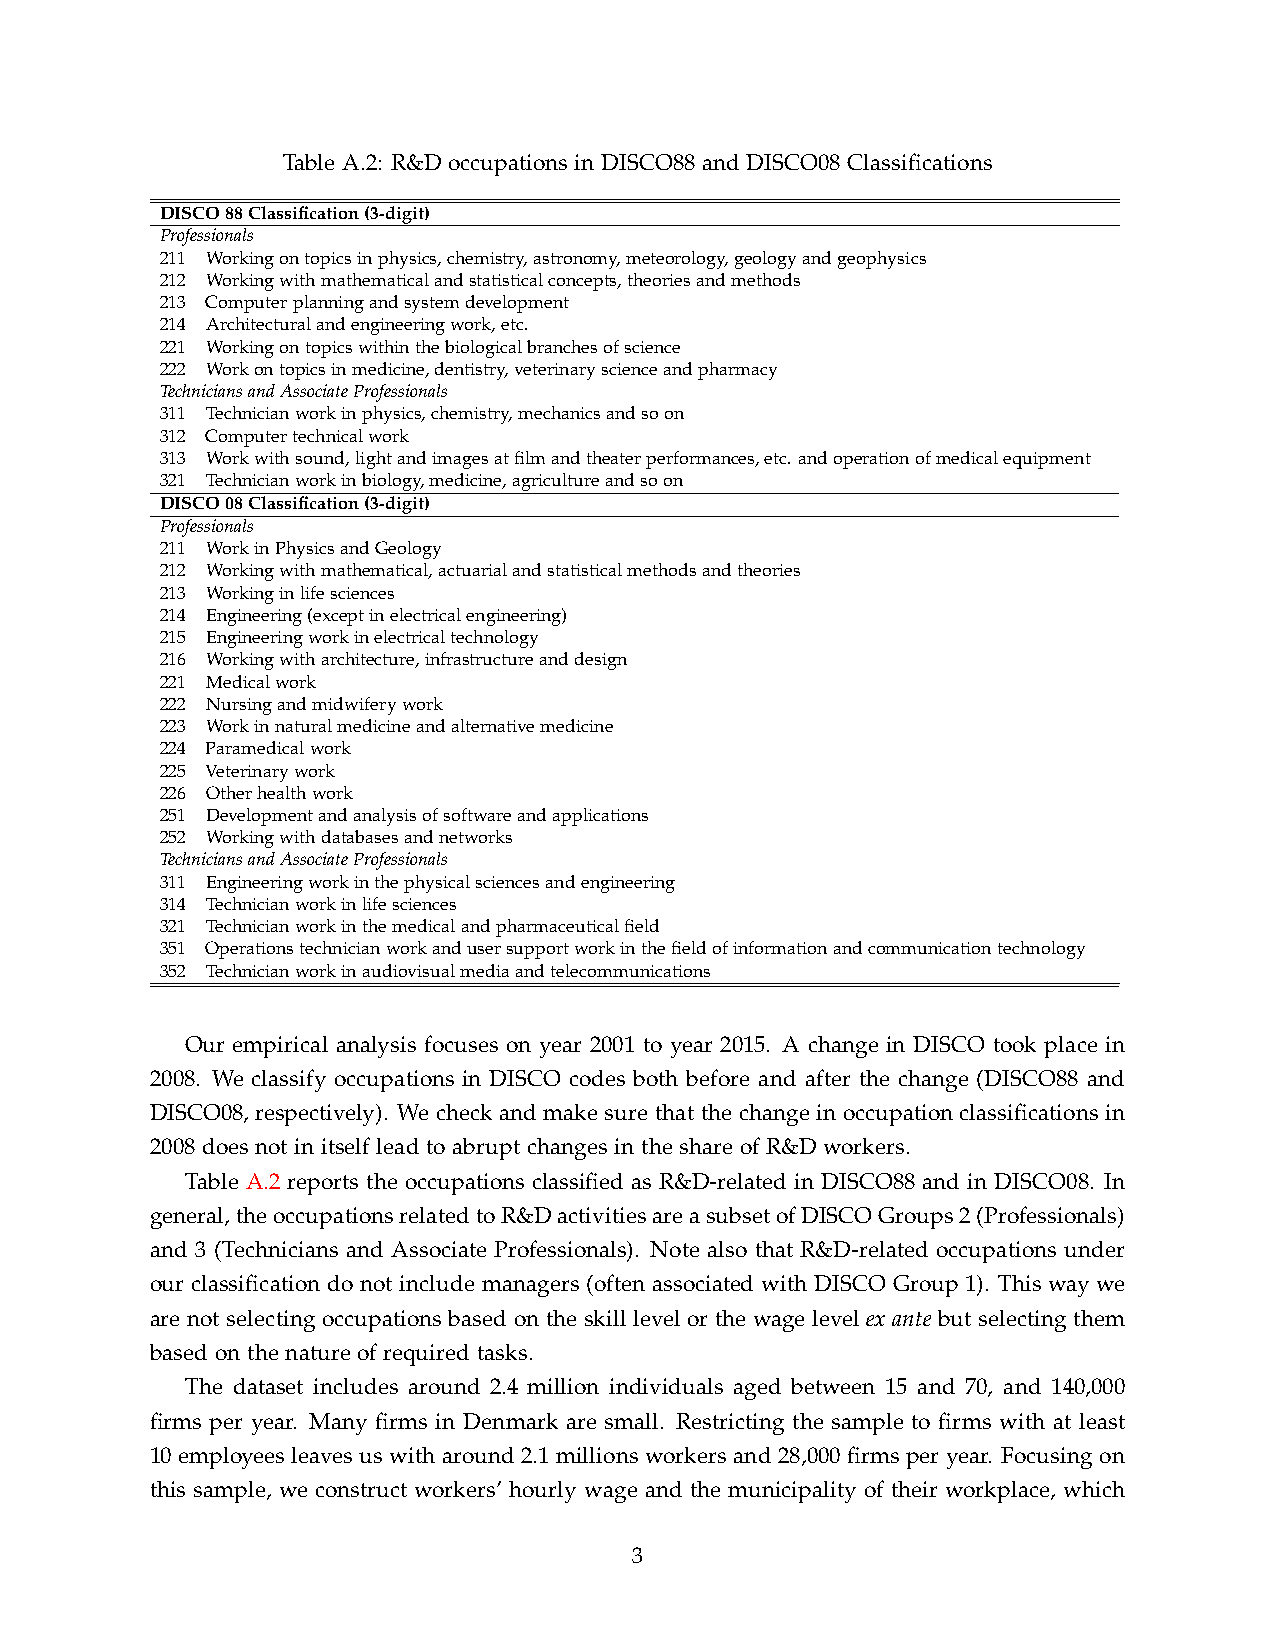
Table A.2: R&D occupations in DISCO88 and DISCO08 Classifications
 DISCO88Classification(3-digit)
 Professionals
 211 Workingontopicsinphysics,chemistry,astronomy,meteorology,geologyandgeophysics
 212 Workingwithmathematicalandstatisticalconcepts,theoriesandmethods
 213 Computerplanningandsystemdevelopment
 214 Architecturalandengineeringwork,etc.
 221 Workingontopicswithinthebiologicalbranchesofscience
 222 Workontopicsinmedicine,dentistry,veterinaryscienceandpharmacy
 TechniciansandAssociateProfessionals
 311 Technicianworkinphysics,chemistry,mechanicsandsoon
 312 Computertechnicalwork
 313 Workwithsound,lightandimagesatfilmandtheaterperformances,etc. andoperationofmedicalequipment
 321 Technicianworkinbiology,medicine,agricultureandsoon
 DISCO08Classification(3-digit)
 Professionals
 211 WorkinPhysicsandGeology
 212 Workingwithmathematical,actuarialandstatisticalmethodsandtheories
 213 Workinginlifesciences
 214 Engineering(exceptinelectricalengineering)
 215 Engineeringworkinelectricaltechnology
 216 Workingwitharchitecture,infrastructureanddesign
 221 Medicalwork
 222 Nursingandmidwiferywork
 223 Workinnaturalmedicineandalternativemedicine
 224 Paramedicalwork
 225 Veterinarywork
 226 Otherhealthwork
 251 Developmentandanalysisofsoftwareandapplications
 252 Workingwithdatabasesandnetworks
 TechniciansandAssociateProfessionals
 311 Engineeringworkinthephysicalsciencesandengineering
 314 Technicianworkinlifesciences
 321 Technicianworkinthemedicalandpharmaceuticalfield
 351 Operationstechnicianworkandusersupportworkinthefieldofinformationandcommunicationtechnology
 352 Technicianworkinaudiovisualmediaandtelecommunications
 Our empirical analysis focuses on year 2001 to year 2015. A change in DISCO took place in
 2008. We classify occupations in DISCO codes both before and after the change (DISCO88 and
 DISCO08, respectively). We check and make sure that the change in occupation classifications in
 2008 does not in itself lead to abrupt changes in the share of R&D workers.
 Table A.2 reports the occupations classified as R&D-related in DISCO88 and in DISCO08. In
 general,theoccupationsrelatedtoR&DactivitiesareasubsetofDISCOGroups2(Professionals)
 and 3 (Technicians and Associate Professionals). Note also that R&D-related occupations under
 our classification do not include managers (often associated with DISCO Group 1). This way we
 are not selecting occupations based on the skill level or the wage level ex ante but selecting them
 based on the nature of required tasks.
 The dataset includes around 2.4 million individuals aged between 15 and 70, and 140,000
 firms per year. Many firms in Denmark are small. Restricting the sample to firms with at least
 10 employees leaves us with around 2.1 millions workers and 28,000 firms per year. Focusing on
 this sample, we construct workers’ hourly wage and the municipality of their workplace, which
 3